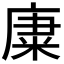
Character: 𥹺